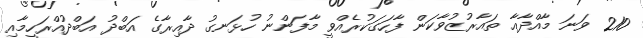
210 ވަނަ މާއްދާއާ ތައާރުޒުވާކަން ފާހަގަކުރެއްވީ މާފަންނު ހުޅަނގު ދާއިރާގެ އަބްދު އަބްދުއްރަހީމާއި